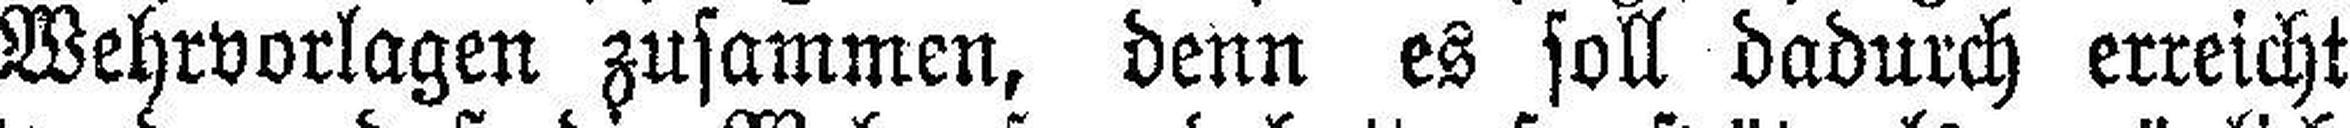
Wehrvorlagen zusammen, denn es soll dadurch erreicht